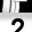
Digit: 2